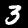
Digit: 3